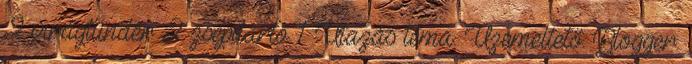
2 virágtündér 2 zsepitartó 1 Utazás téma. Üzemeltető: Blogger.